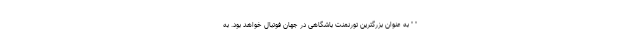
" " به عنوان بزرگترین تورنمنت باشگاهی در جهان فوتبال خواهد بود. به